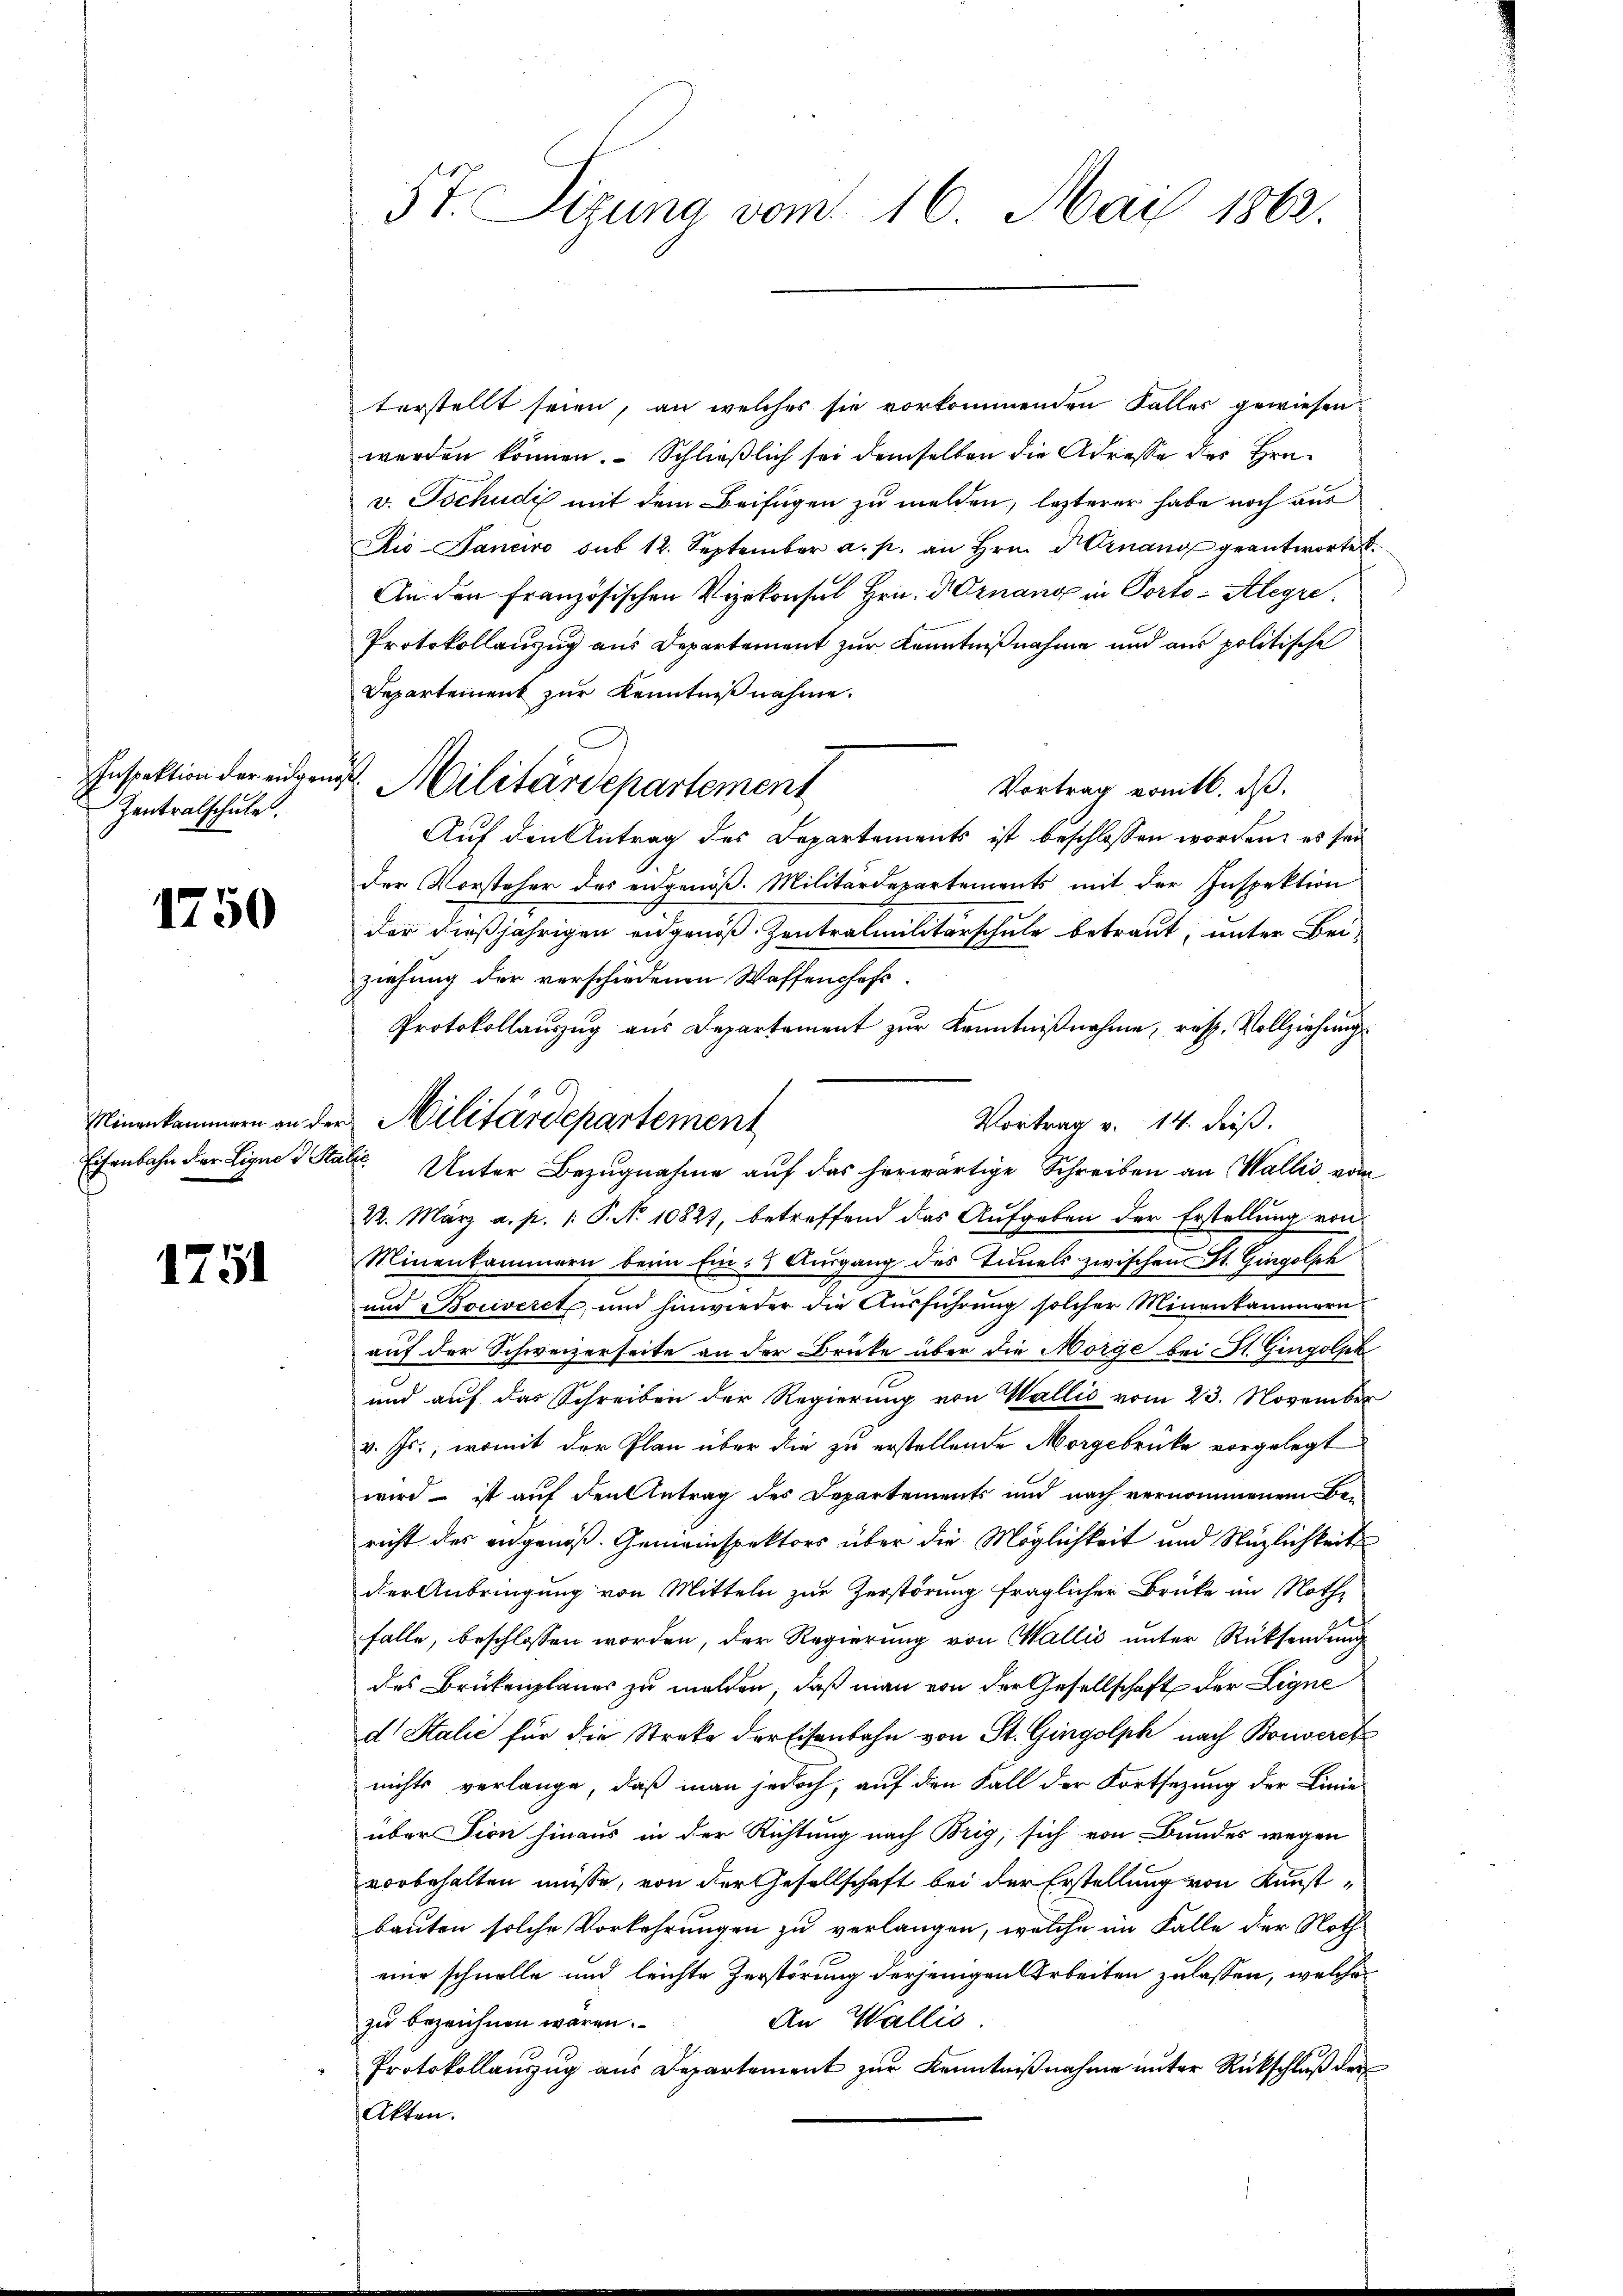
Inspektion der eidgen
Zentralschule

1750

Minenkammern an de
Eisenbahn der Eigne d. Sti

1751

57. Sizung vom 16. Mai 1862.

terstellt seien, an welches sie vorkommenden Falles gewiesen
werden können. Schließlich sei demselben die Adresse des Hrn.
v. Tschudi mit dem Beifügen zu melden, lezterer habe noch aus
Aio-Janeiro sub 12. September a. p. an Hrn. Ernang geantwortet
An den Französischen Vizekonsul Hrn. Dornang in Porto-Alegre
Protokollanzug aus Departement zur Kenntnißnahme und aus politische
Departement zur Kenntniß nahme.
Vortrag vomtl. dß.
Auf den Antrag des Departements ist beschlossen worden; es sei
der Vorsteher des eidgenöß. Militärdepartements mit der Inspektion
der dießjährigen eidgenöß. Zentralmilitärschule betraut, unter Beiziehung der verschiedenen Waffenchefs¬
Protokollauszug aus Departement zur Kenntnißnahme, resp. Vollziehung
Vortrag v. 14. dieß.
alt. Unter Bezugnahme auf das herwärtige Schreiben an Wallis vom
22. März a. p. 1. P. Nr. 10827, betreffend das Aufgeben der Erstellung von
Minenkammern beim Ein Ausgang des Timels zwischen St. Gingolsch
und oriveret, und hinwieder die Ausführung solcher Minenkammern
auf der Schweizerseite an der Brüke über die Morge bei St. Gingolpk
und auf das Schreiben der Regierung von Wallis vom 23. November
v. Js., womit der Plan über die zu erstellende Morgebrücke vorgelegt
wird – ist auf den betrag des Departements und nach vernommenem Be-
richt des angenoß. Gemeinspektors über die Möglichkeit und Nüzlichkeits
der Anbringung von Mitteln zur Zerstörung fraglicher Brüke im Noth-
falle, beschlossen worden, der Regierung von Wallis unter Rücksendung
des Brükenplaner zu melden, daß man von der Gesellschaft der Ligne
d Salić für die Streke der Eisenbahn von St. Gingolph nach Bonverck
nichts verlange, daß man jedoch, auf den Fall der Fortsezung der Linie
über sion hinaus in der Richtung nach Brig, sich von Bundes wegen
vorbehalten müsse, von der Gesellschaft bei der Erstellung von Kunst-
bauten solche Vorkehrungen zu verlangen, welche im Falle der Noth
eine schnelle und leichte Zerstörung derjenigen Arbeiten zulassen, welche
An Wallis.
zu bezeichnen wären.
Protokollanzug aus Departement zur Kenntnißnahme unter Rückschluß der
Akten.

I. Militärdepartement

u Militärdepartement